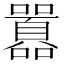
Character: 囂